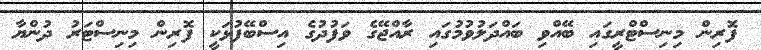
ފޮރިން މިނިސްޓްރީގައި ބޭއްވި ބައްދަލުވުމުގައި ރާއްޖޭގެ ވަފުދުގެ އިސްބޭފުޅަކީ ފޮރިން މިނިސްޓަރު ދުންޔާ